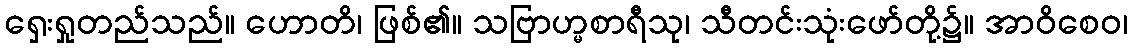
ရှေးရှုတည်သည်။ ဟောတိ၊ ဖြစ်၏။ သဗြာဟ္မစာရီသု၊ သီတင်းသုံးဖော်တို့၌။ အာဝိစေဝ၊